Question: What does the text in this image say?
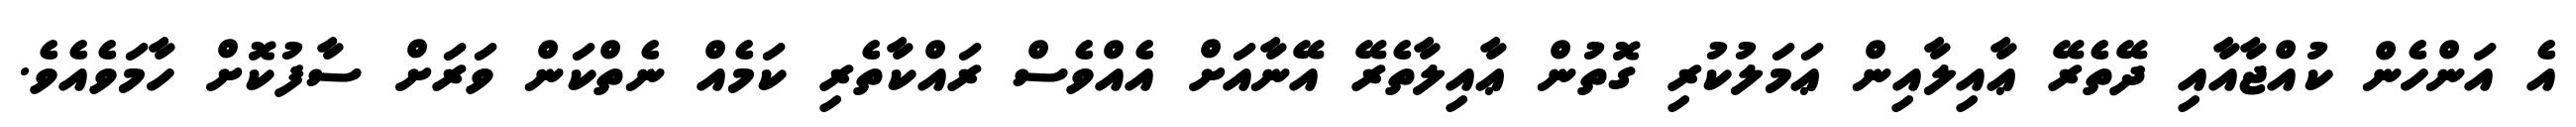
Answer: އެ އަންހެން ކުއްޖާއާއި ދޭތެރޭ ޢާއިލާއިން ޢަމަލުކުރި ގޮތުން ޢާއިލާތެރޭ އޭނާއަށް އެއްވެސް ރައްކާތެރި ކަމެއް ނެތްކަން ވަރަށް ސާފުކޮށް ހާމަވެއެވެ.